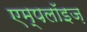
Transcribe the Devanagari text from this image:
एम्पलॉइज़